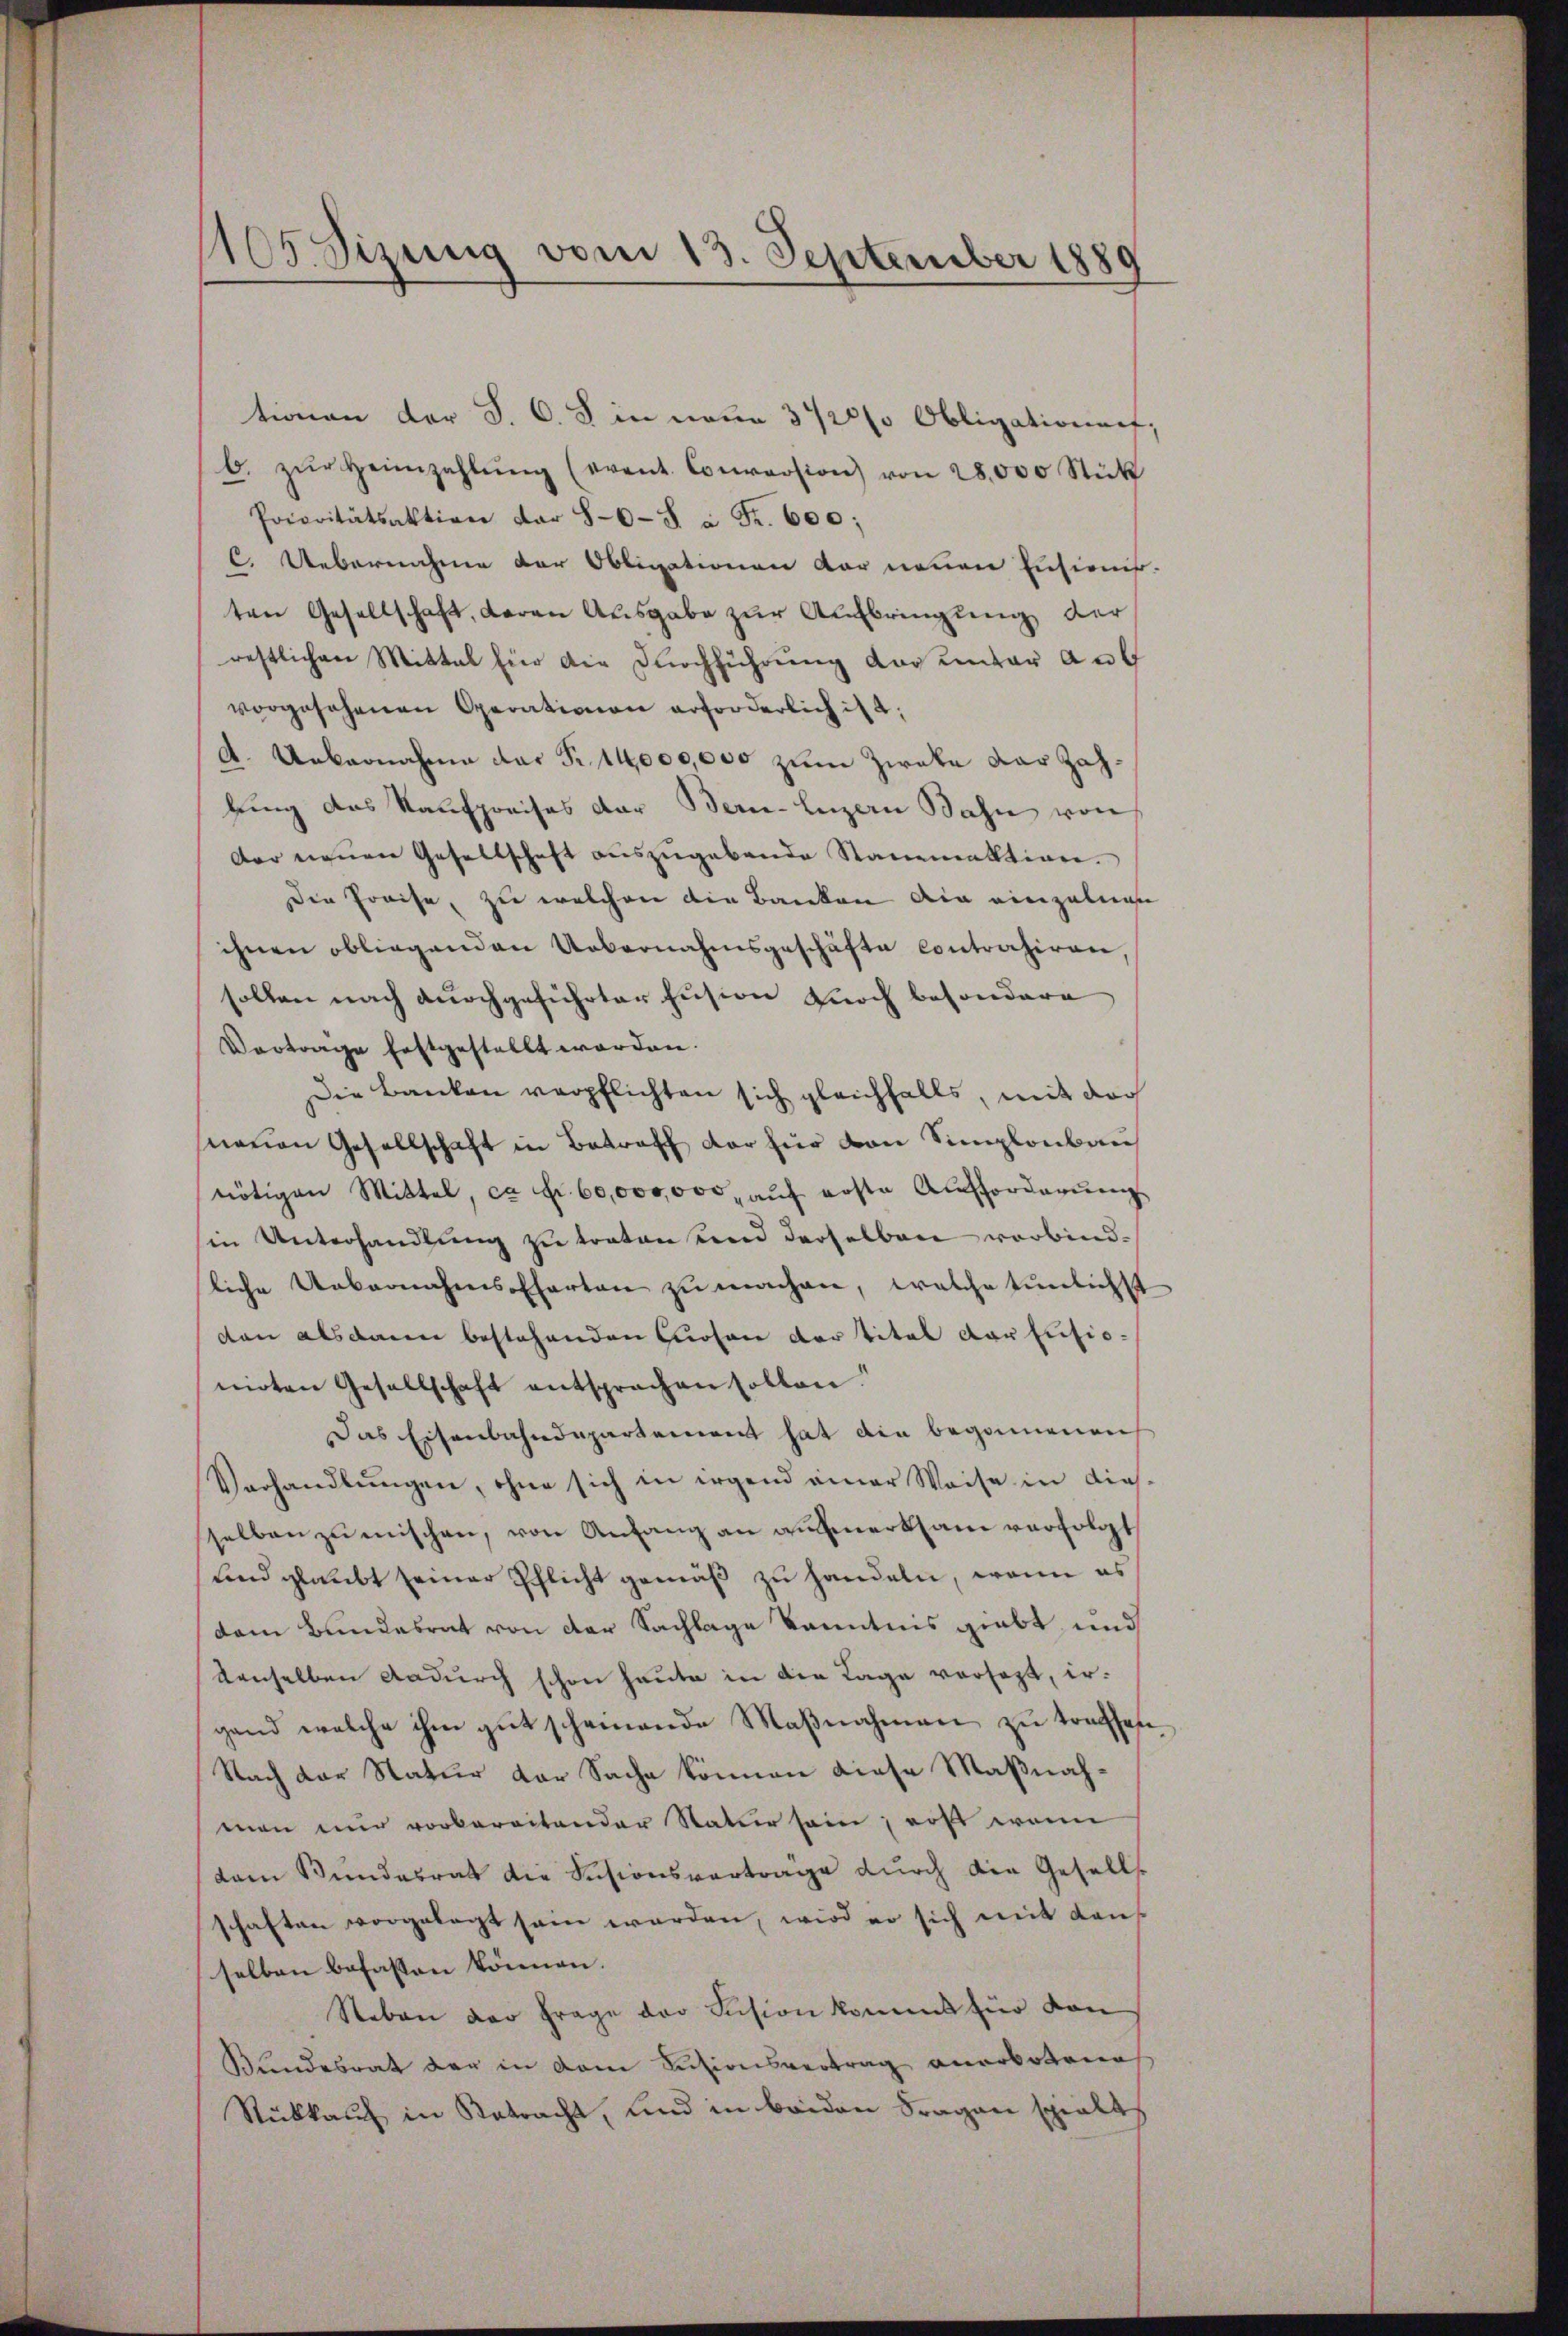
1105. Sizung vom 13. September 1889

tionen der S. C. S. in neue 3 1/2% Obligationent,
b. zŭr Heimzahlŭng (event. Conversion) von 28,000 Stück
Prioritätsaktion dar 86-S. à Fr. 600;
C. Uebernahme der Obligationen der neuen Eisionis.
ten Gesellschaft, daran Ausgabe zur Aufbringung der
restlichen Mittel ein die Durchführung das unter auf
vorgesehenen Operationen erforderlich ist,
A. Uebernahme das Fr. 14,000,000 zum Zweke der Zahlung des Kaufpreises der Bern-Luzern Bahn von
der neuen Gesellschaft auszugebende Stammaktion.
Den Preise, zu welchen die Banken die einzelnen
ihnen obliegenden Uebernahmsgeschäfte contrahiren,
sollen nach durchgeführter Fusion durch besondere
Vortrage festgestellt worden.
Die Banken verpflichten sich gleichfalls, mit der
neuen Gesellschaft in Betreff der für von Simplonbau
nötigen Mittel, ca Fr. 60,000,000 auf erste Aufforderung
(in Unterhandlung zu traten und derselben verbindliche Uebernahmsferten zu machen, welche tunlichst
ten alsdann bestehenden Cosen der Titel der Fusio-
nirten Gesellschaft entsprechen sollen.
Das Eisenbahndepartement hat die begonnenen
Verhandlŭngen, ohne sich in irgend einer Weise in dies-
selben zu mischen, von Anfang an aufmerksam verfolgt
und glaubt seiner Pflicht gemäß zu handeln, wenn es
dem Bundesrat von der Sachlage Kenntnis giebt und
denselben dadurch schon heute in der Lage vorsezt, irgand welche ihm gut scheinende Maßnahmen zu trachen
Nach der Natur der Sache können diese Maßnahman nur vorbereitender Natur sein, erst wenn
dam Bundesrat die Sisionsvertrage durch die Gesells
schaften vorgelegt sein werden, wird er sich mit Kanselben befassen können.
Neben der Frage der Fusion kommt für von
Bundesrat der in dem Kusionsvertrag anerbotene
Rückkauf in Retracht, und in beiden Fragen sprakt